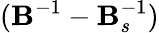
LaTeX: (\mathbf{B}^{-1}-\mathbf{B}_{s}^{-1})